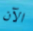
الآن